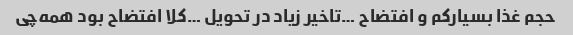
حجم غذا بسیار‌کم و افتضاح …تاخیر زیاد در تحویل …کلا افتضاح بود همه‌چی